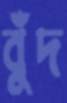
বুঁদ